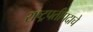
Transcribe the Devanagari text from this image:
राष्ट्रपतीपदाचे